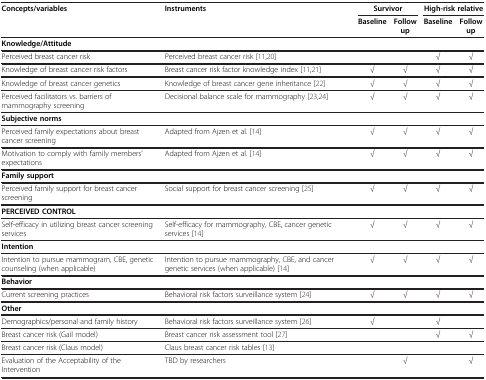
<table><thead><tr><td rowspan="2"><b>Concepts/variables</b></td><td rowspan="2"><b>Instruments</b></td><td colspan="2"><b>Survivor</b></td><td colspan="2"><b>High-risk relative</b></td></tr><tr><td><b>Baseline</b></td><td><b>Follow up</b></td><td><b>Baseline</b></td><td><b>Follow up</b></td></tr></thead><tbody><tr><td><b>Knowledge/Attitude</b></td><td> </td><td> </td><td> </td><td> </td><td> </td></tr><tr><td>Perceived breast cancer risk</td><td>Perceived breast cancer risk [11,20]</td><td> </td><td> </td><td>√</td><td>√</td></tr><tr><td>Knowledge of breast cancer risk factors</td><td>Breast cancer risk factor knowledge index [11,21]</td><td>√</td><td>√</td><td>√</td><td>√</td></tr><tr><td>Knowledge of breast cancer genetics</td><td>Knowledge of breast cancer gene inheritance [22]</td><td>√</td><td>√</td><td>√</td><td>√</td></tr><tr><td>Perceived facilitators vs. barriers of mammography screening</td><td>Decisional balance scale for mammography [23,24]</td><td>√</td><td>√</td><td>√</td><td>√</td></tr><tr><td><b>Subjective norms</b></td><td> </td><td> </td><td> </td><td> </td><td> </td></tr><tr><td>Perceived family expectations about breast cancer screening</td><td>Adapted from Ajzen et al. [14]</td><td>√</td><td>√</td><td>√</td><td>√</td></tr><tr><td>Motivation to comply with family members’ expectations</td><td>Adapted from Ajzen et al. [14]</td><td>√</td><td>√</td><td>√</td><td>√</td></tr><tr><td><b>Family support</b></td><td> </td><td> </td><td> </td><td> </td><td> </td></tr><tr><td>Perceived family support for breast cancer screening</td><td>Social support for breast cancer screening [25]</td><td>√</td><td>√</td><td>√</td><td>√</td></tr><tr><td><b>PERCEIVED CONTROL</b></td><td> </td><td> </td><td> </td><td> </td><td> </td></tr><tr><td>Self-efficacy in utilizing breast cancer screening services</td><td>Self-efficacy for mammography, CBE, cancer genetic services [14]</td><td>√</td><td>√</td><td>√</td><td>√</td></tr><tr><td><b>Intention</b></td><td> </td><td> </td><td> </td><td> </td><td> </td></tr><tr><td>Intention to pursue mammogram, CBE, genetic counseling (when applicable)</td><td>Intention to pursue mammography, CBE, and cancer genetic services (when applicable) [14]</td><td>√</td><td>√</td><td>√</td><td>√</td></tr><tr><td><b>Behavior</b></td><td> </td><td> </td><td> </td><td> </td><td> </td></tr><tr><td>Current screening practices</td><td>Behavioral risk factors surveillance system [24]</td><td>√</td><td>√</td><td>√</td><td>√</td></tr><tr><td><b>Other</b></td><td> </td><td> </td><td> </td><td> </td><td> </td></tr><tr><td>Demographics/personal and family history</td><td>Behavioral risk factors surveillance system [26]</td><td>√</td><td> </td><td>√</td><td> </td></tr><tr><td>Breast cancer risk (Gail model)</td><td>Breast cancer risk assessment tool [27]</td><td> </td><td> </td><td>√</td><td>√</td></tr><tr><td>Breast cancer risk (Claus model)</td><td>Claus breast cancer risk tables [13]</td><td> </td><td> </td><td> </td><td> </td></tr><tr><td>Evaluation of the Acceptability of the Intervention</td><td>TBD by researchers</td><td> </td><td>√</td><td> </td><td>√</td></tr></tbody></table>